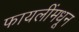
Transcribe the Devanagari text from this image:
फायलींमधून